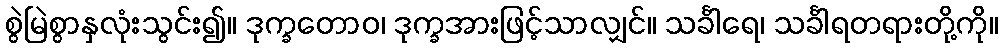
စွဲမြဲစွာနှလုံးသွင်း၍။ ဒုက္ခတောဝ၊ ဒုက္ခအားဖြင့်သာလျှင်။ သင်္ခါရေ၊ သင်္ခါရတရားတို့ကို။